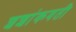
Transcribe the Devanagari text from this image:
शशांकवती